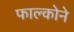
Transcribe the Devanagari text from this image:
फाल्कोने